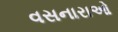
વસનારાઓ